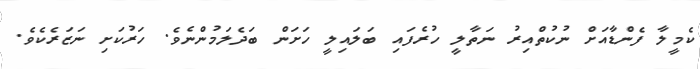
ކެމީލާ ފެންޑާއަށް ނުކުތްއިރު ނަތާލީ ހުރެފައި ބަލައިލީ ހަށަން ބަދެލަމުންނެވެ. ހަރުކަށި ނަޒަރެކެވެ.